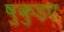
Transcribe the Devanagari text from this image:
षुकुड़ए